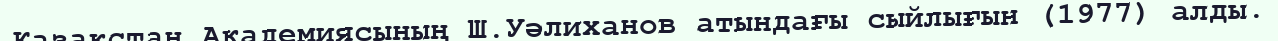
Қазақстан Академиясының Ш.Уәлиханов атындағы сыйлығын (1977) алды.